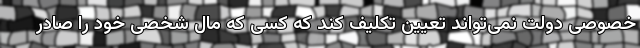
خصوصی دولت نمی‌تواند تعیین تکلیف کند که کسی که مال شخصی خود را صادر